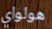
هولواي